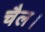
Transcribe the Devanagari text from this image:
चैल।